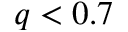
q < 0 . 7